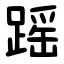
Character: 䠛